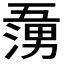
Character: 𭱷